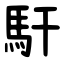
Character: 馯